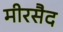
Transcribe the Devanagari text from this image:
मीरसैद